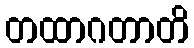
တထာဂတာတိ